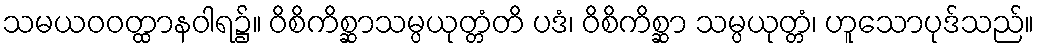
သမယဝဝတ္ထာနဝါရ၌။ ဝိစိကိစ္ဆာသမ္ပယုတ္တံတိ ပဒံ၊ ဝိစိကိစ္ဆာ သမ္ပယုတ္တံ၊ ဟူသောပုဒ်သည်။